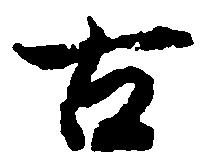
古